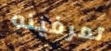
تعرفينه